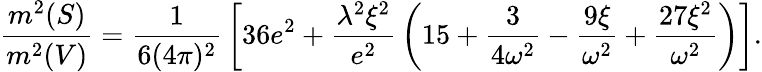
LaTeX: {\frac{m^{2}(S)}{m^{2}(V)}}={\frac{1}{6(4\pi)^{2}}}\left[36e^{2}+{\frac{\lambda^{2}\xi^{2}}{e^{2}}}\left(15+{\frac{3}{4\omega^{2}}}-{\frac{9\xi}{\omega^{2}}}+{\frac{27\xi^{2}}{\omega^{2}}}\right)\right].